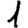
Digit: 1